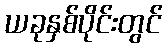
ယခုနှစ်ပိုင်းတွင်